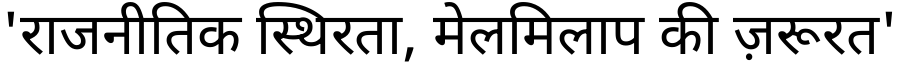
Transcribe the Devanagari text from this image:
'राजनीतिक स्थिरता, मेलमिलाप की ज़रूरत'